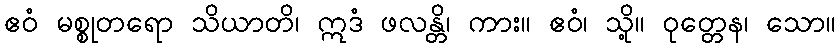
ဧဝံ မစ္စုတရော သိယာတိ၊ ဣဒံ ဖလန္တိ၊ ကား။ ဧဝံ၊ သို့။ ဝုတ္တေန၊ သော။